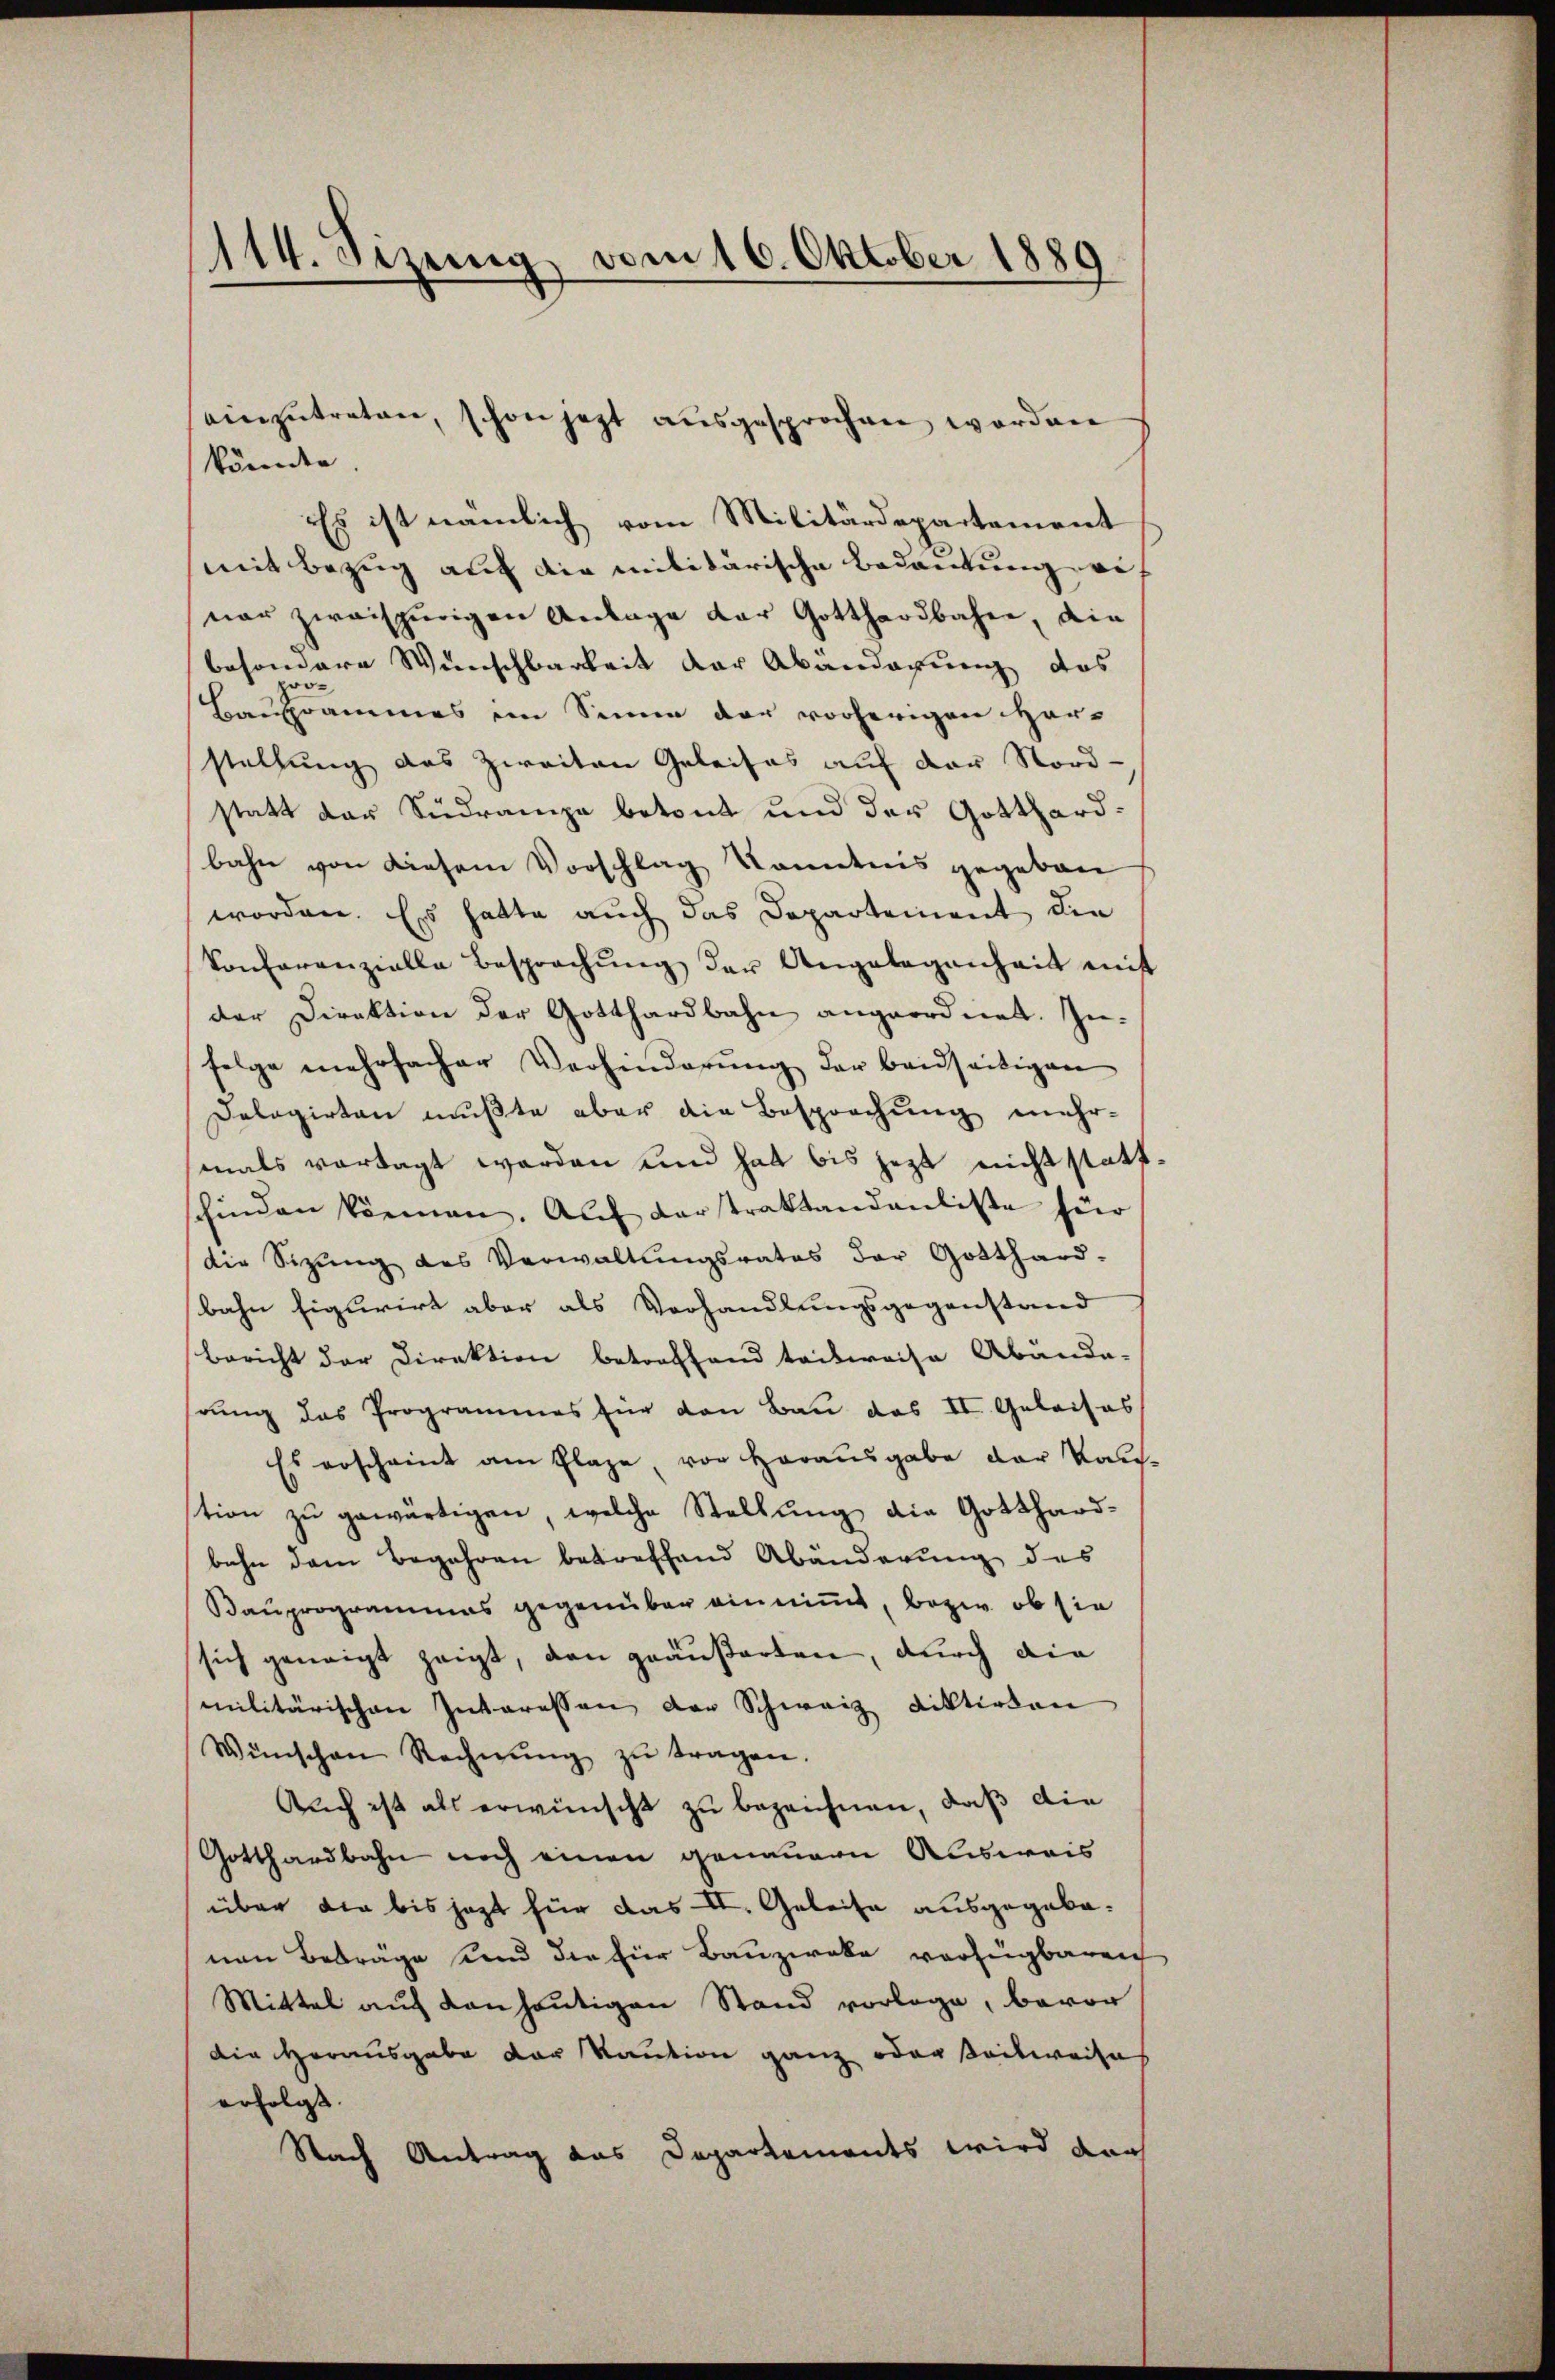
114. Sizung vom 16. Oktober 1889

können.
Es ist nämlich vom Militärdepartement
mit Bezug auf die militärische Bedeutung ei
nar zweispurigen Anlage der Gotthardbahne, die
besondere Wunschbarkeit der Abanderung das
pro¬
Bauprammes ein Sinne der vorherigen Her-
stellung das zweiten Geleises auf der Nord-
statt der Südrampe betont und der Gotthardbahn von diesem Vorschlag kanntnis gegeben
worden. Es hatte auch das Departement die
konferenzielle Besprachŭng der Angelegenheit mit
der Direktion der Gotthardbahn angeordnet. In-
folge mehrfacher Verhinderŭng der beidseitigen
Dologirten mußte aber die Besprechung mehr-
mals vorragt worden und hat bis jezt nicht statt
schieden können. Auf derstraktandenliste für
die Sizung des Verwaltungsrates der Gotthard-
bahn figurirt aber als Vorhandlungsgegenstand
Bericht der Direktion betreffend teilweise Abända-
hrung das Programmes für den Bau das II. Geleises
Es erscheint am Plaze, von Horausgabe der Kanstion zu gewärtigen, welche Stellung die Gotthard-
bahn dem Begehren betreffend Abänderung des
Bauprogrammes gegenüber einnimmt, bezw. ob sie
sich geneigt zeigt, den geäußerten, durch die
militärischen Interessen der Schweiz diktirten
Wünschen Rechnŭng zŭ tragen.
Auch ist als erwünscht zu bezeichnen, daß die
Gotthardbahn noch einen genauern Ausweis
über die bis jezt für das II. Geleise ausgegebenen Beträge und die für Bauzweke verfügbaren
Mittel auf den heutigen Stand vorlage, bevor
Die Herausgabe der Kaution ganz oder seitweises
erfolgt
Nach Antrag das Departements wird dar

einzutreten, schon jetzt ausgesprochen worden